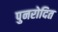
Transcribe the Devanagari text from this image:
पुनरोदित